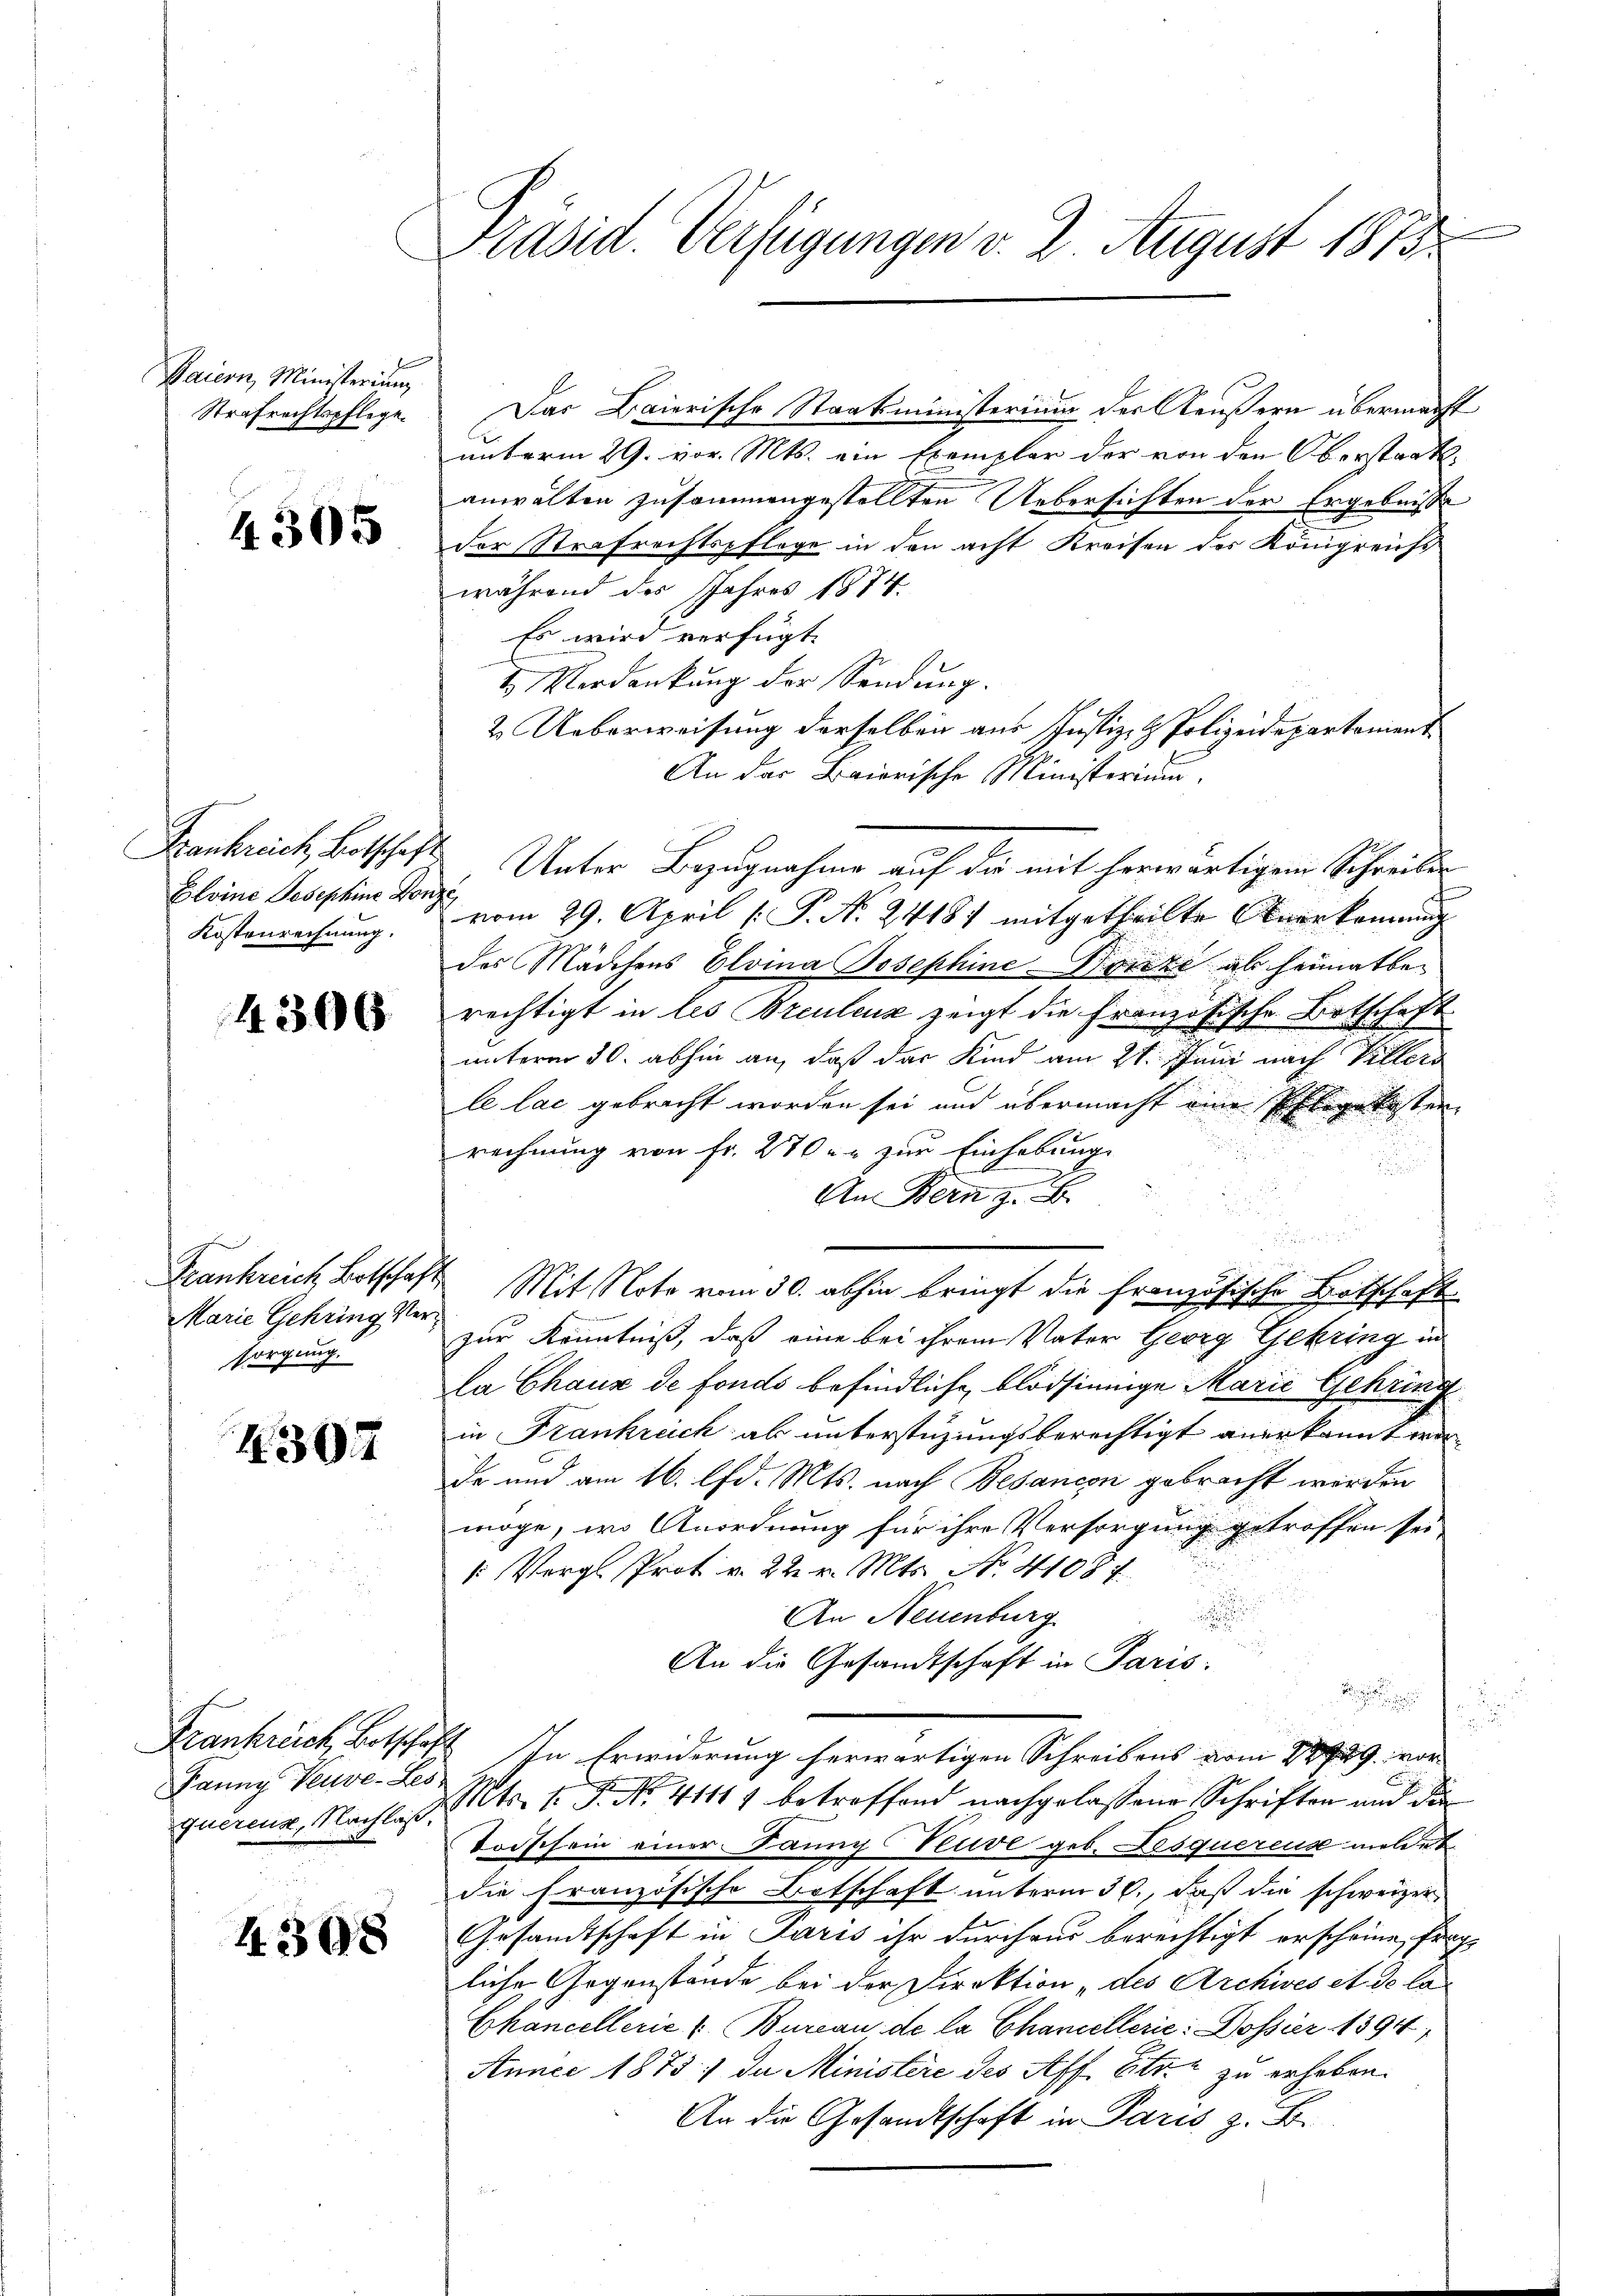
Baiern, Ministerium
Strafrechtspflege

4305

Frankreich, Botschaft
Blvine Josephine Konze
Kostenrechnung.

4306

Marie Gehring Versorgung.

4307

Fanny Veuve-Les,
quercus, Nachlaß.

4308

Präsid. Verfügungen v. 2. August 1873.

Das Baierische Staatsministerium der Aeußern übermacht
unterm 29. vor. Mts. ein Exemplar der von den Oberstaatsanwalten zusammengestellten Uebersichten der Ergebniße
der Strafrechtspflege in den acht Kreisen des Königreichs
während der Jahres 1874.
Es wird verfügt
2 Verdankung der Sendung.
2. Ueberweisung derselben aus Justiz- & Polizeidepartement
An das Baierische Ministerium.
Unter Bezugnahme auf der mit herwärtigen Schreiben
vom 29. April [P. N. 2418) mitgetheilte Anerkennung
des Mädchens Elvina Josephine-Doncze ab heimat bei
rechtigt in les Breulenz zeigt die Französische Botschaft
unterm 30. abhin an, daß das Kind am 21. Juni nach Villers
le lac gebracht worden sei und übermacht eine Pflegekosten
rechnung von Fr. 270 u. zur Einhebung
.
An Bern z. B.
.
Krankreich Botschaft Mit Note vom 30. abhin bringt die französische Botschaft
zur Kenntniß, daß eine bei ihrem Vater Georg Gehring in
la Chaux de fonds befindliche blödsinnige Marie Gehring
in Frankreich ab unterstüzungsberechtigt anerkannt wor¬
Dr und am 16. d. Mts. nach Besancen gebracht werden
möge, wo Anordnung für ihre Versorgung getroffen sei
: Vergl. Prot. v. 22. v. Mts. No. 4108 f.
An Neuenburg

An die Gesandtschaft in Paris.

e
Frankreich Botschaft. In Erwiderung herwärtigen Schreibens vom 28/29. vor
Mts. 1. P. No. 4111) betreffend nachgelassene Schriften und die
Torschein einer Jänny Neuve geb. Desquereise meldet
die französische Botschaft unterm 30., daß die schweizer
Gesandtschaft in Paris ihr durchaus berechtigt erscheine frag
liche Gegenstände bei der Direktion „des Archives et de Ca¬
Chancellerie & Bureau de la Chancellerie: Dossier 1894
Aunce 1875; da Ministere des Aff Etr. 2 zu erheben.
An die Gesandtschaft in Paris z. B.